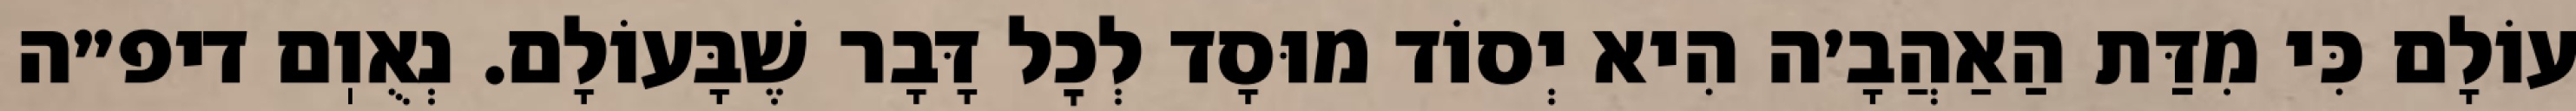
עוֹלָם כִּי מִדַּת הַאַהֲבָ׳ה הִיא יְסוֹד מוּסָד לְכׇל דָּבָר שֶׁבָּעוֹלָם. נְאֻוֽם דיפ״ה